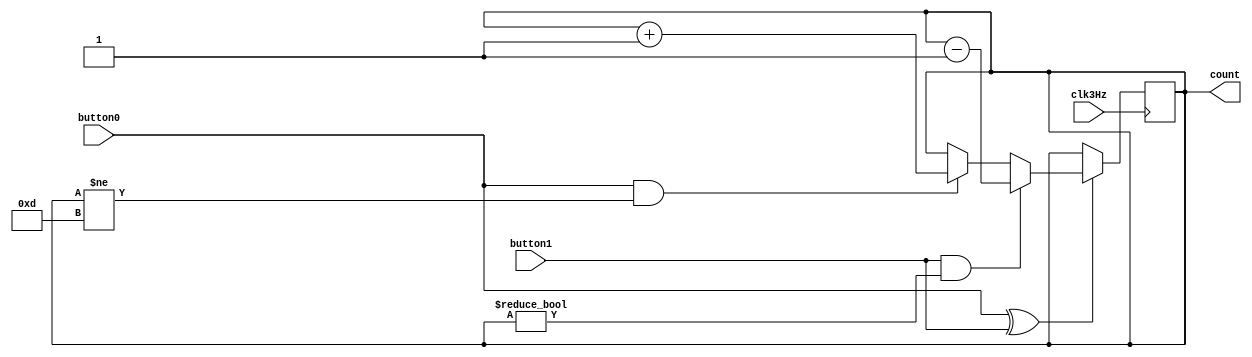
module userInput(button1, button0, count, clk3Hz);

input button1, button0, clk3Hz;
output reg [3:0] count;

// will be a counter from 0 - 12
/*
	countValue:displayValue
	0:null
	1:1
	2:2
	3:3
	...
	9:9
	10:0
	11:+
	12:-
	13:=
*/

always @ (posedge clk3Hz)
	begin	
		if( button0 ^ button1 == 1)
			begin
				if (button1 == 1 && count != 4'b0000)
					count = count - 4'b0001;
				else if (button0 == 1 && count != 4'b1101)
					count = count + 4'b0001;
				else;
			end
	end

endmodule